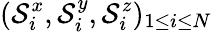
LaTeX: (\mathcal{S}_{i}^{x},\mathcal{S}_{i}^{y},\mathcal{S}_{i}^{z})_{1\leq i\leq N}